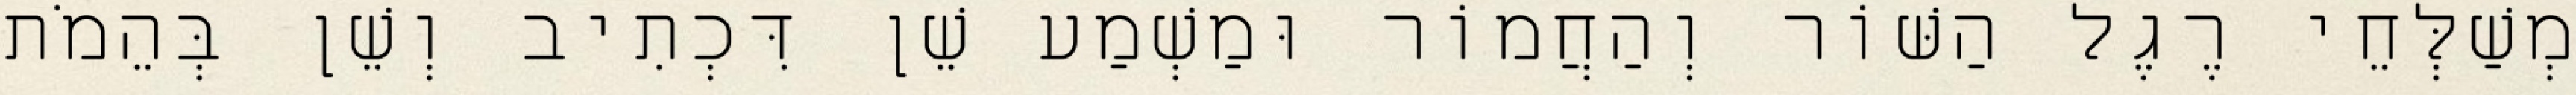
מְשַׁלְּחֵי רֶגֶל הַשּׁוֹר וְהַחֲמוֹר וּמַשְׁמַע שֵׁן דִּכְתִיב וְשֵׁן בְּהֵמֹת